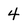
Character: 4